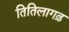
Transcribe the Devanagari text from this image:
तितिलागढ़